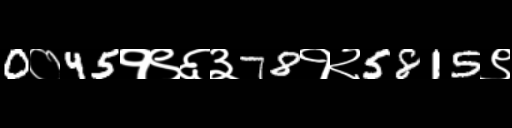
Text: 0०45१९६३78१२5815९